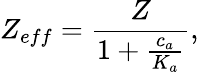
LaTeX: Z_{eff}=\frac{Z}{1+\frac{c_{a}}{K_{a}}},